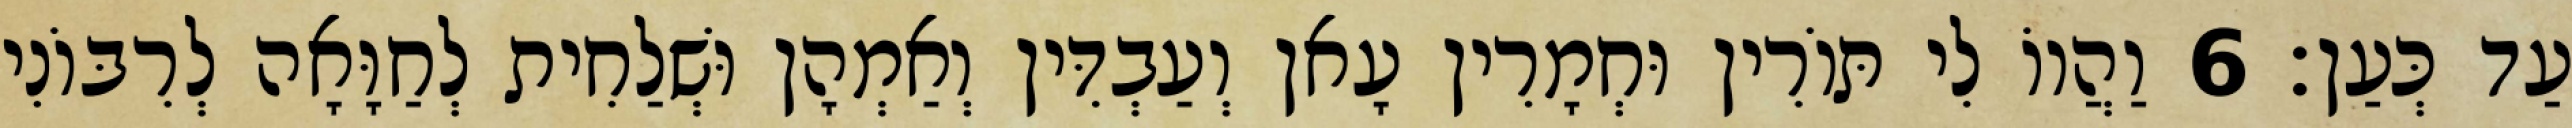
עַד כְּעַן׃ 6 וַהֲווֹ לִי תּוֹרִין וּחְמָרִין עָאן וְעַבְדִּין וְאַמְהָן וּשְׁלַחִית לְחַוָּאָה לְרִבּוֹנִי